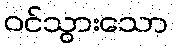
ဝင်သွားသော